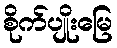
စိုက်ပျိုးမြေ